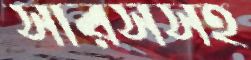
সারসসহ